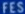
FES